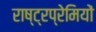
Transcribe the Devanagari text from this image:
राष्ट्रप्रेमियों